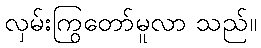
လှမ်းကြွတော်မူလာ သည်။